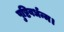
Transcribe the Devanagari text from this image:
पुष्टिवर्धन्म।